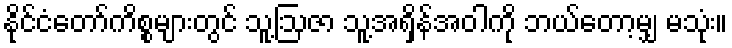
နိုင်ငံတော်ကိစ္စများတွင် သူ့ဩဇာ သူ့အရှိန်အဝါကို ဘယ်တော့မျှ မသုံး။